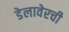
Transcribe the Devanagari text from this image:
डेलावेरची